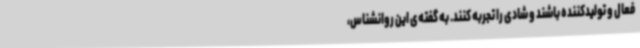
فعال و تولیدکننده باشند و شادی را تجربه کنند. به گفته‌ی این روانشناس،